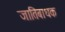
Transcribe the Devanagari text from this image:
जातिबाधक